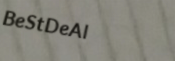
BeStDeAl